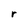
Character: r